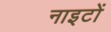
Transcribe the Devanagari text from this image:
नाइटों